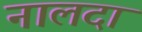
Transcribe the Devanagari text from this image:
नालदा